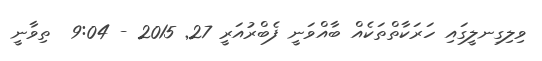
ވިލިގިނލީގައި ހަރަކާތްތަކެއް ބާއްވަނީ ފެބްރުއަރީ 27